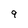
Character: 9